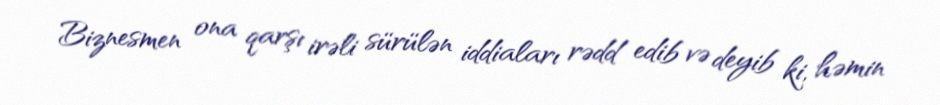
Biznesmen ona qarşı irəli sürülən iddiaları rədd edib və deyib ki, həmin